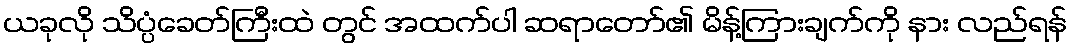
ယခုလို သိပ္ပံခေတ်ကြီးထဲ တွင် အထက်ပါ ဆရာတော်၏ မိန့်ကြားချက်ကို နား လည်ရန်